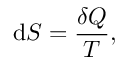
\mathrm { d } S = { \frac { \delta Q } { T } } ,